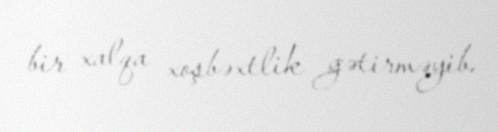
bir xalqa xoşbəxtlik gətirməyib.